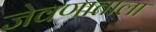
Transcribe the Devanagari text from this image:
जेवणाताला